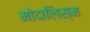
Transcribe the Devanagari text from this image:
मोदालिस्म